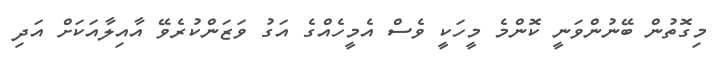
މިގޮތުން ބޭނުންވަނީ ކޮންމެ މީހަކީ ވެސް އެމީހެއްގެ އަގު ވަޒަންކުރެވޭ އާއިލާއަކަށް އަދި